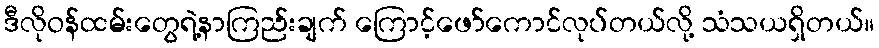
ဒီလိုဝန်ထမ်းတွေရဲ့နာကြည်းချက် ကြောင့်ဖော်ကောင်လုပ်တယ်လို့ သံသယရှိတယ်။